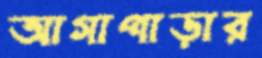
আগাপাড়ার